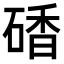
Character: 𥔜